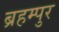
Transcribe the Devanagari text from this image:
ब्रहम्पुर